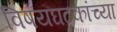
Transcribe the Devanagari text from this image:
विषयघटकांच्या